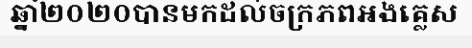
ឆ្នាំ២០២០បានមកដល់ចក្រភពអង់គ្លេស